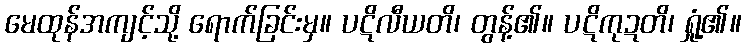
မေထုန်အကျင့်သို့ ရောက်ခြင်းမှ။ ပဋိလီယတိ၊ တွန့်၏။ ပဋိကုဍတိ၊ ရှုံ့၏။